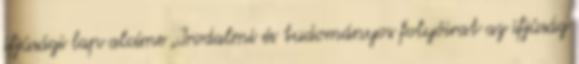
ifjúsági lap alcíme „Irodalmi és tudományos folyóirat az ifjúság